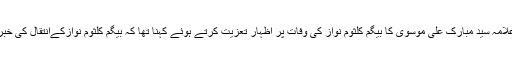
وحدت نیوز (لاہور) مجلس وحدت مسلمین کے صوبائی سیکرٹری جنرل پنجاب علامہ سید مبارک علی موسوی کا بیگم کلثوم نواز کی وفات پر اظہار تعزیت کرتے ہوئے کہنا تھا کہ بیگم کلثوم نوازکےانتقال کی خبرسن کردکھ ہوا، اللہ تعالیٰ کلثوم نوازکی مغفرت کرے،اہلخانہ کو صبرعطا کرے۔